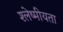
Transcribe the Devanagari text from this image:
श्लेष्मीयता